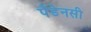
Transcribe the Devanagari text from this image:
पैंडेनसी